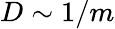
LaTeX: D\sim 1/m